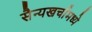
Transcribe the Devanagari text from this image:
सैन्यखर्चामध्ये